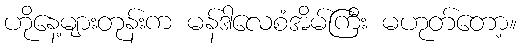
ဟိုနေ့များတုန်းက မန်ဒါလေစံအိမ်ကြီး မဟုတ်တော့။